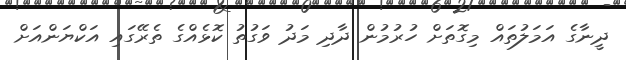
ދީނާގެ އަމަލުތައް މިގޮތަށް ހުރުމުން ދާދި މަދު ވަގުތު ކޮޅެއްގެ ތެރޭގައި އަކްޔަންއަށް